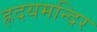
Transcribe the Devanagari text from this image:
ह्रदयमन्दिर